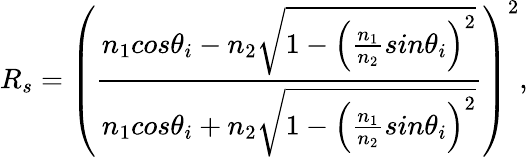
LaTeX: R_{s}=\left(\frac{n_{1}cos\theta_{i}-n_{2}\sqrt{1-\left(\frac{n_{1}}{n_{2}}sin\theta_{i}\right)^{2}}}{n_{1}cos\theta_{i}+n_{2}\sqrt{1-\left(\frac{n_{1}}{n_{2}}sin\theta_{i}\right)^{2}}}\right)^{2},